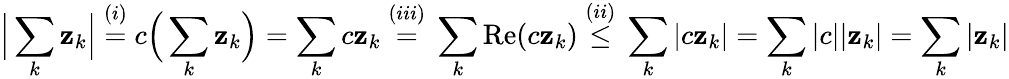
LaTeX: {\Big|}\sum_{k}\mathbf{z}_{k}{\Big|}\; {\overset{(i)}{=}}\; c{\Big(}\sum_{k}\mathbf{z}_{k}{\Big)}=\sum_{k}c\mathbf{z}_{k}\; {\overset{(iii)}{=}}\; \sum_{k}\mathrm{{Re}}(c\mathbf{z}_{k})\; {\overset{(ii)}{\leq}}\; \sum_{k}|c\mathbf{z}_{k}|=\sum_{k}|c||\mathbf{z}_{k}|=\sum_{k}|\mathbf{z}_{k}|